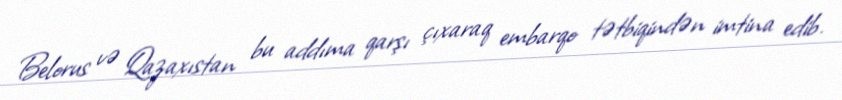
Belorus və Qazaxıstan bu addıma qarşı çıxaraq embarqo tətbiqindən imtina edib.